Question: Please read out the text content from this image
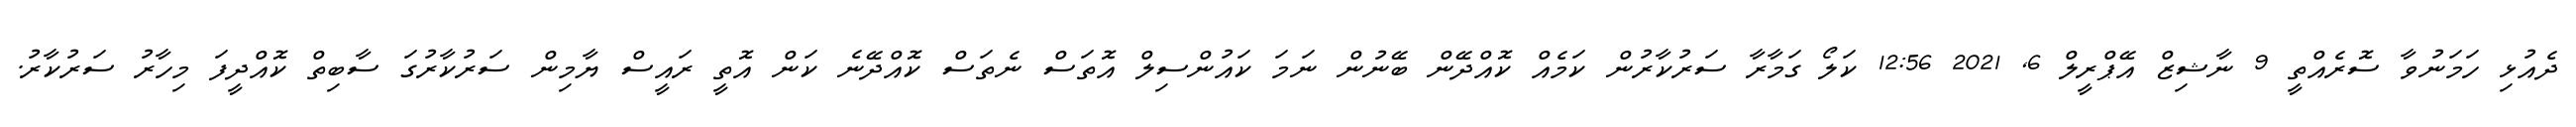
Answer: ދެއުޅި ހަމަނުވާ ސޮރެއްތީ 9 ނާޝިޒް އޭޕްރީލް 6, 2021 12:56 ކަލޯ ގަމާރާ ސަރުކާރުން ކަމެއް ކޮއްދޭން ބޭނުން ނަމަ ކައުންސިލް އޮތަސް ނެތަސް ކޮއްދޭނެ ކަން އޮތީ ރައީސް ޔާމިން ސަރުކާރުގަ ސާބިތް ކޮއްދީފަ މިހާރު ސަރުކާރު.